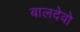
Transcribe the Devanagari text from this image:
बालदेवो